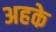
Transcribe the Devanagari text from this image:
अहके